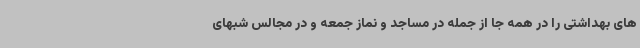
های بهداشتی را در همه جا از جمله در مساجد و نماز جمعه و در مجالس شبهای